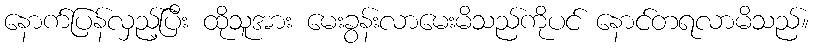
နောက်ပြန်လှည့်ပြီး ထိုသူအား မေးခွန်းလာမေးမိသည်ကိုပင် နောင်တရလာမိသည်။